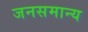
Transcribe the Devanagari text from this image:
जनसमान्य